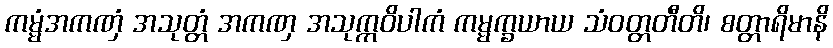
ကမ္မံအကဏှံ အသုတ္တံ အကဏှ အသုက္ကဝိပါကံ ကမ္မက္ခယာယ သံဝတ္တတီတိ၊ စတ္တာရိမာနိ